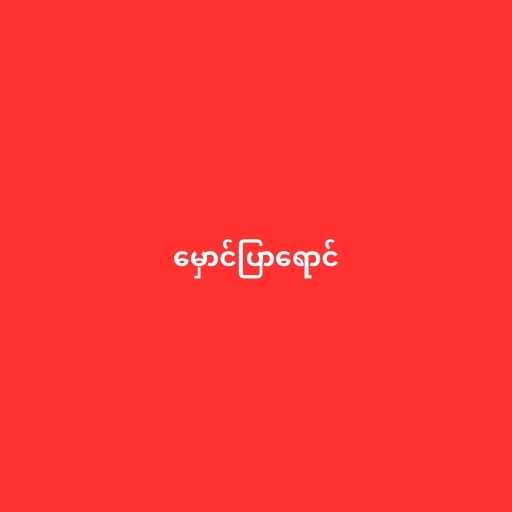
မှောင်ပြာရောင်